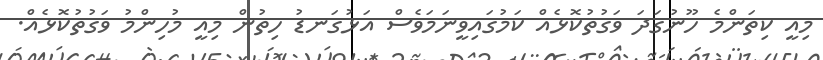
މިއީ ކިތަންމެ ހޫނުގަދަ ވަގުތުކޮޅެއް ކަމުގައިވީނަމަވެސް އަޅުގަނޑު ހިތުން މިއީ މުހިންމު ވަގުތުކޮޅެއް.